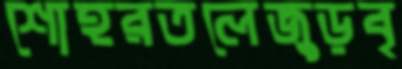
শোহরতলেজুড়বৃ